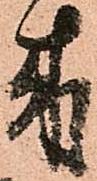
来